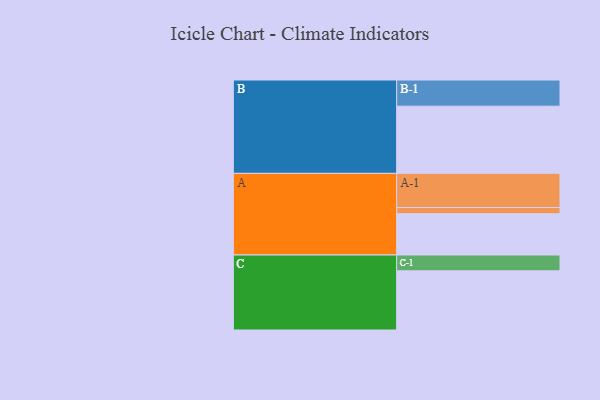
{"axis": {"x": "Segment", "y": "Value"}, "legend": ["", "A", "B", "C"], "data": [{"x": "A", "y": 342, "type": ""}, {"x": "B", "y": 556, "type": ""}, {"x": "C", "y": 490, "type": ""}, {"x": "A-1", "y": 283, "type": "A"}, {"x": "A-2", "y": 51, "type": "A"}, {"x": "B-1", "y": 217, "type": "B"}, {"x": "C-1", "y": 131, "type": "C"}]}